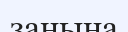
заңына